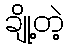
ချို့တဲ့